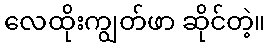
လေထိုးကျွတ်ဖာ ဆိုင်တဲ့။